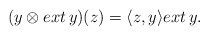
\begin{align*}(y\otimes ext\, y)(z)=\langle z,y\rangle ext\, y.\end{align*}